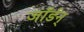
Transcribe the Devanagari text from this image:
जॉर्डन्